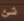
شئ